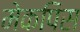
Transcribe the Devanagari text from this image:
मेकपिस